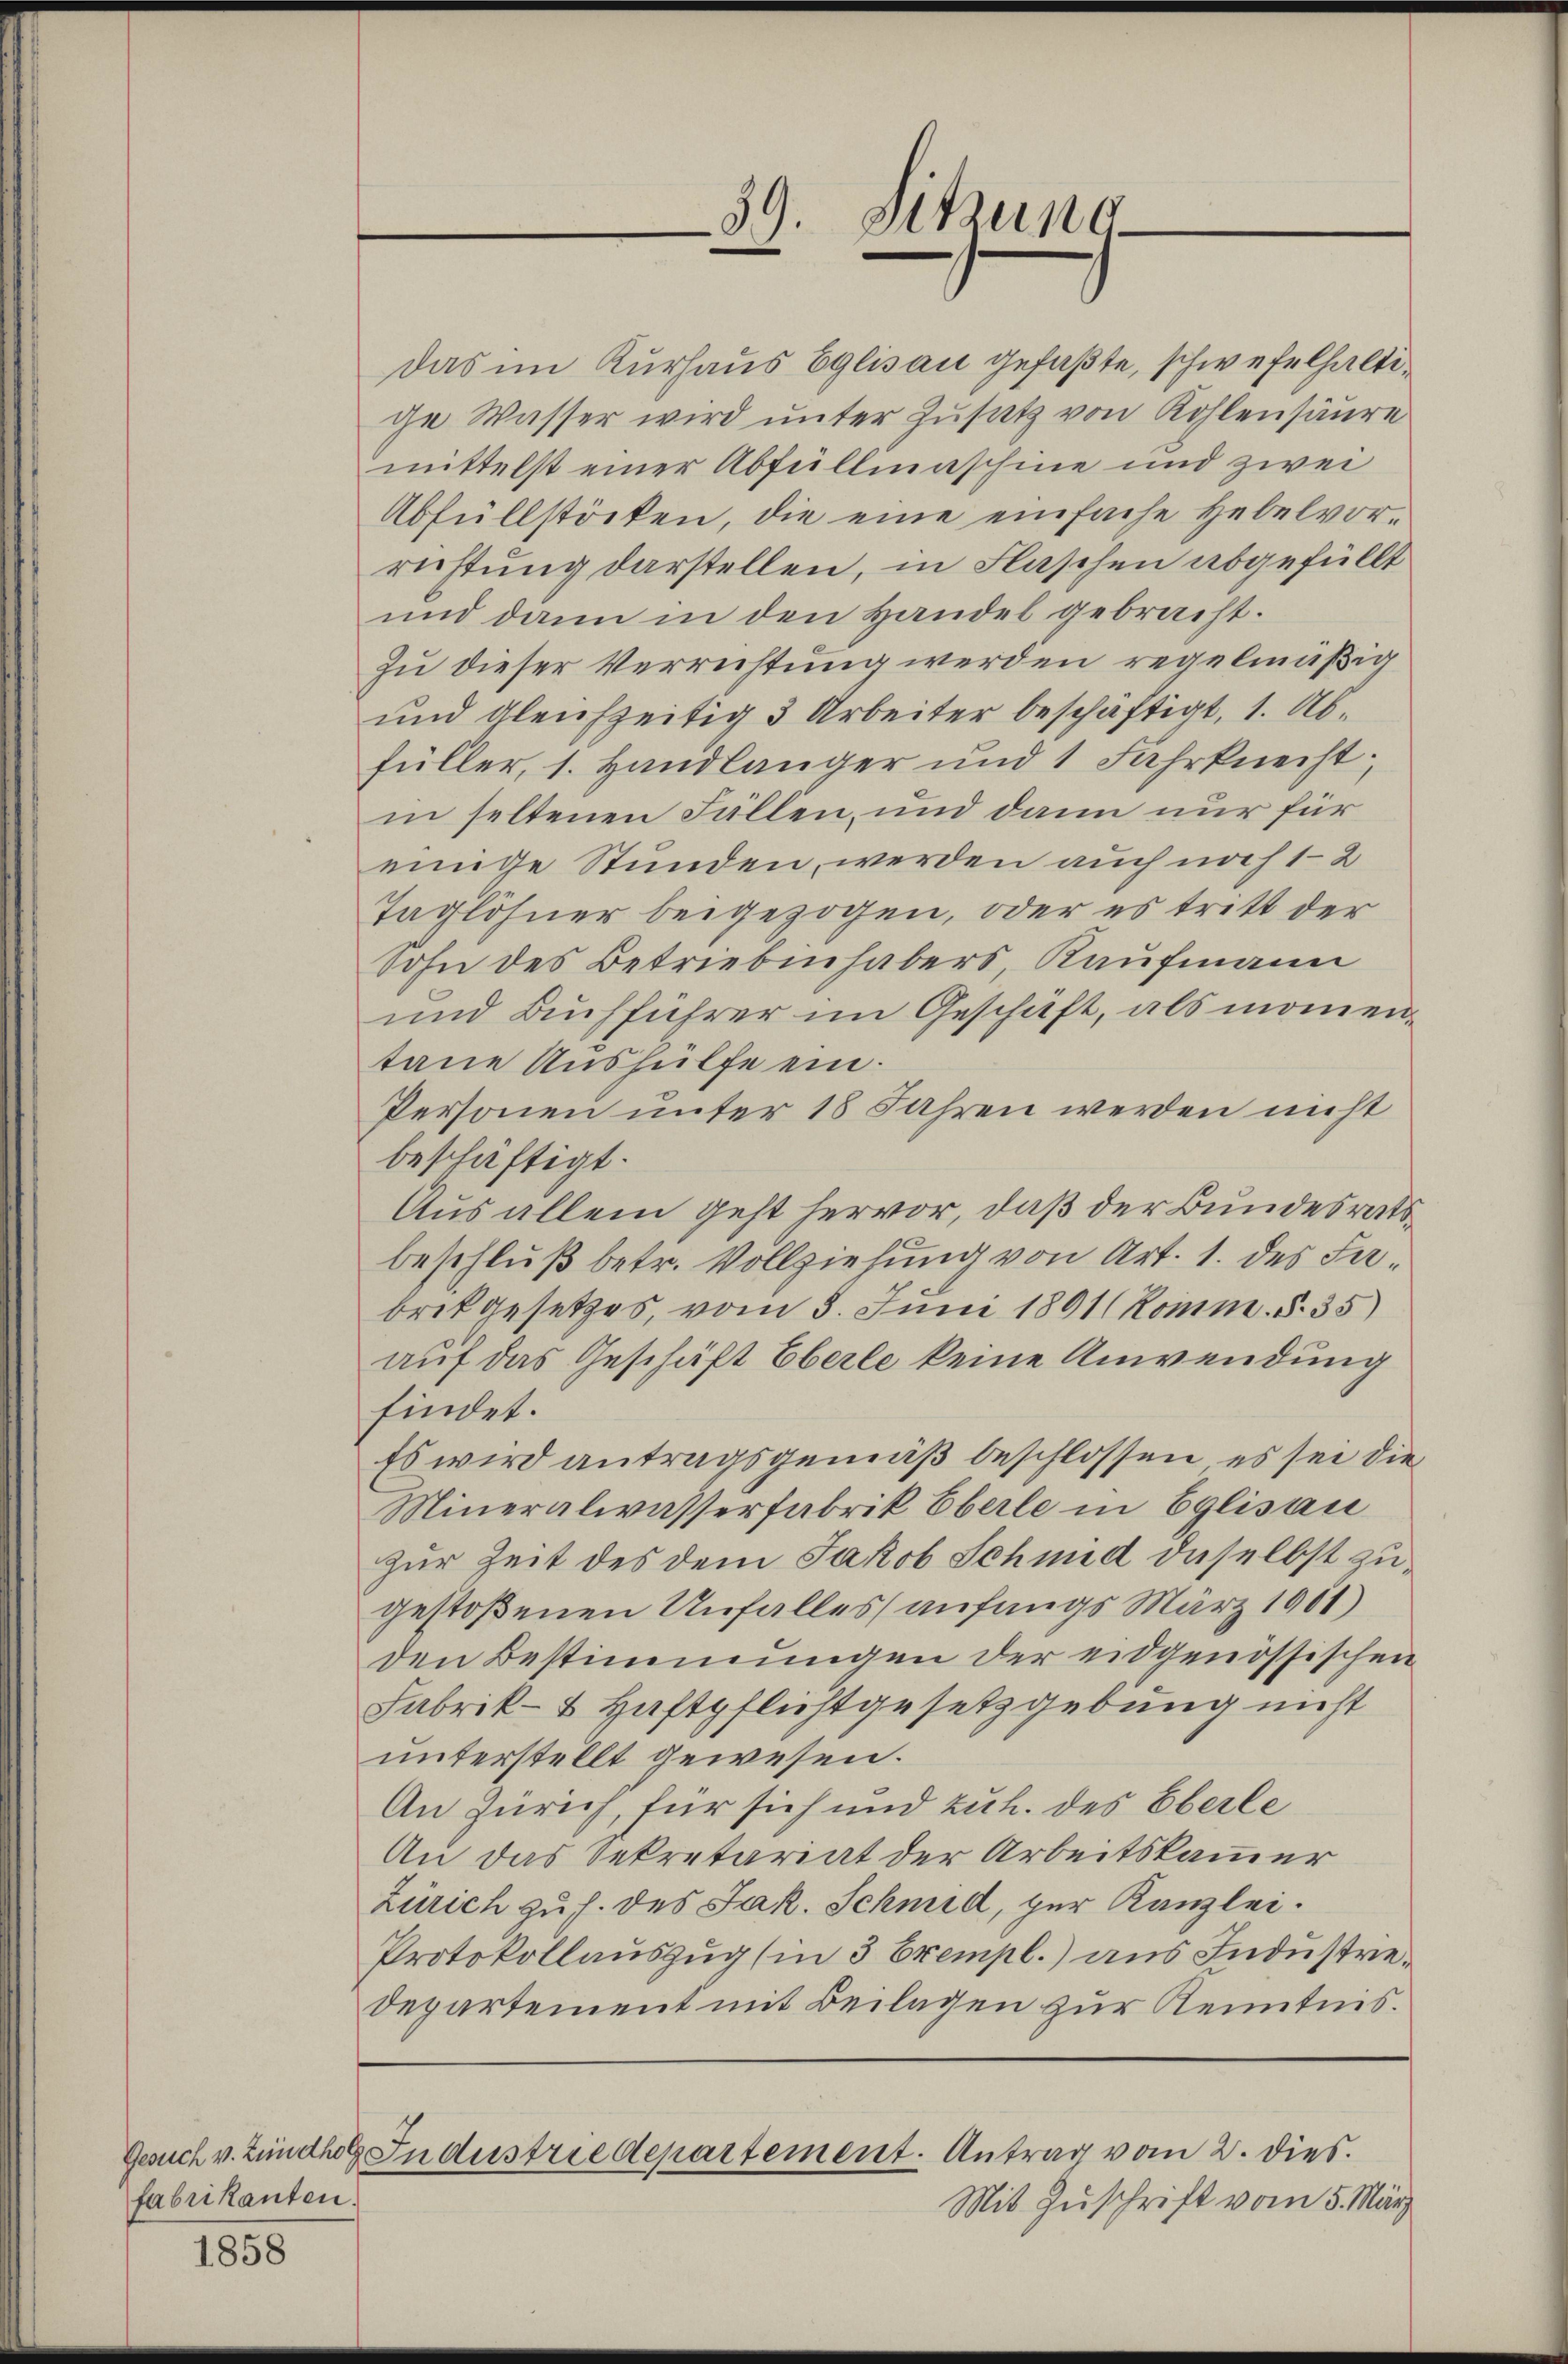
fabrikanten.

1858

Das im Kurhaus Eglisau gefaßte, schwefelhaltige Wasser wird unter Zusatz von Kohlensäure
mittelst einer Abfüllmaschine und zwei
Abfüllstöcken, die eine einfache Hebelvor-
richtung darstellen, in Flaschen abgefüllt
und dann in den Handel gebracht.
Zu dieser Verrichtung werden regelmäßig
und gleichzeitig 3 Arbeiter beschäftigt, 1. Abfüller, 1. Handlänger und 1 Fahrknecht;
in seltenen Fällen, und dann nur für
einige Stunden, werden auch noch 12
Taglöhner beigezogen, oder es tritt der
Sohn des Betriebenhabers, Kaufmann
und Buchführer im Geschäft, als momentane Aushülfe ein.
Personen unter 18 Jahren werden nicht
beschäftigt.
Aus allem geht hervor, daß der Bundesratsbeschluß betr. Vollziehung von Art. 1. des Fabrik gesetzes, vom 3. Juni 1801 (Komm. §. 35)
auf das Geschäft Eberle keine Anwendung
findet.
Es wird antragsgemäß beschlossen, es sei die
Mineralwasserfabrik Eberle in Eglisau
zur Zeit des dem Jakob Schmid daselbst zugestoßenen Unfalles anfangs März 1901)
den Bestimmungen der eidgenössischen
Fabrik- & Haftpflichtgesetzgebung nicht
unterstellt gewesen.
An Zürich, für sich und zuh. des Eberle
An das Sekretariat der Arbeitskammer
Zürich zu h. des Jak. Schmid, zur Kanzlei.
Protokollauszug (in 3 Exempl.) aus Industrie¬
Departement mit Beilagen zur Kenntnis.

39. Sitzung

Gesuch v. Zündhol Industriedepartement. Antrag vom 2. dies

Mit Zuschrift vom 5. März